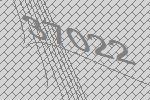
37022